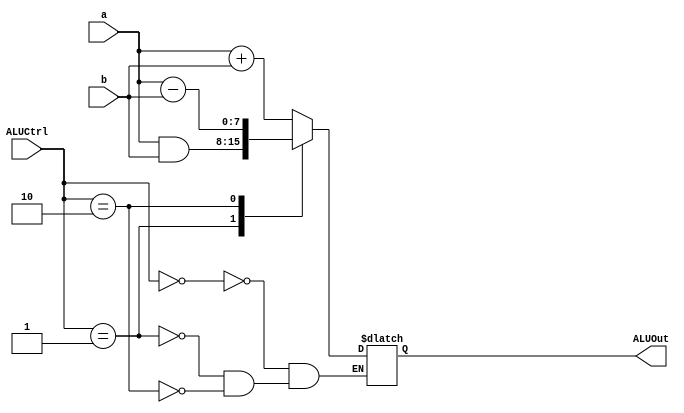
`timescale 1ns / 1ps
//////////////////////////////////////////////////////////////////////////////////
// Company: 
// Engineer: 
// 
// Design Name: 
// Module Name: ALU8BIT
// Project Name: 
// Target Devices: 
// Tool Versions: 
// Description: 
// 
// Dependencies: 
// 
// Revision:
// Revision 0.01 - File Created
// Additional Comments:
// 
//////////////////////////////////////////////////////////////////////////////////


module ALU8BIT(
    input [7:0] a,
    input [7:0] b,
    input [1:0] ALUCtrl,
    output reg [7:0] ALUOut
    );
    
    always @(ALUCtrl, a, b)
        begin
            case(ALUCtrl)
                2'b00:   ALUOut <= a + b;
                2'b01:   ALUOut <= a & b;
                2'b10:   ALUOut <= a - b;
                default:;
            endcase
        end 
endmodule